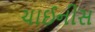
ચાઈનીસ